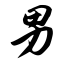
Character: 男